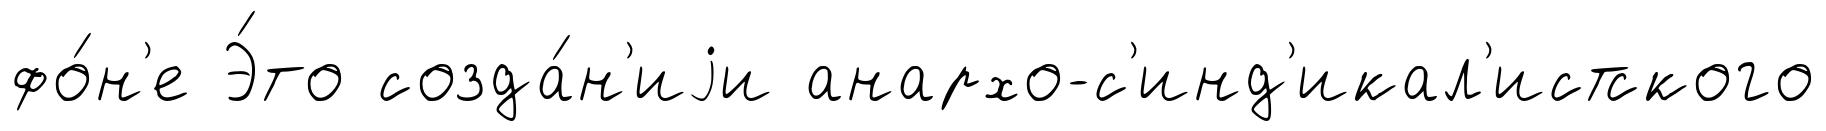
фо́н'е Э́то созда́н'иjи анархо-с'инд'икал'истского